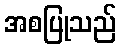
အစပြုသည်